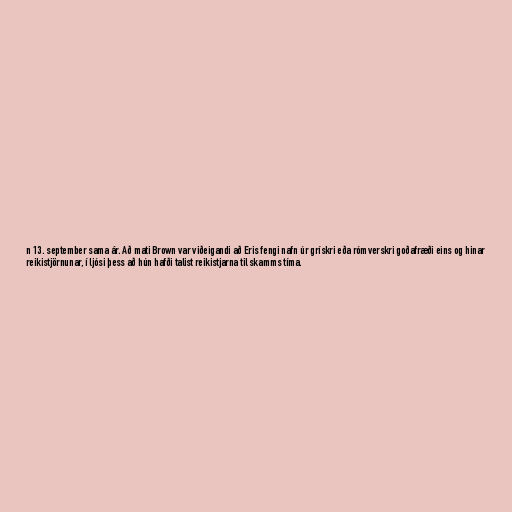
n 13. september sama ár. Að mati Brown var viðeigandi að Eris fengi nafn úr grískri eða rómverskri goðafræði eins og hinar
reikistjörnunar, í ljósi þess að hún hafði talist reikistjarna til skamms tíma.